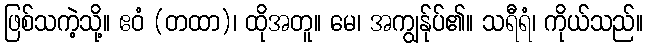
ဖြစ်သကဲ့သို့။ ဧဝံ (တထာ)၊ ထိုအတူ။ မေ၊ အကျွန်ုပ်၏။ သရီရံ၊ ကိုယ်သည်။